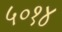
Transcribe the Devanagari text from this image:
५०१४